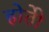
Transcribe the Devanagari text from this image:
होतेी